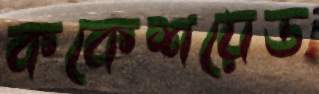
ককেশয়েড